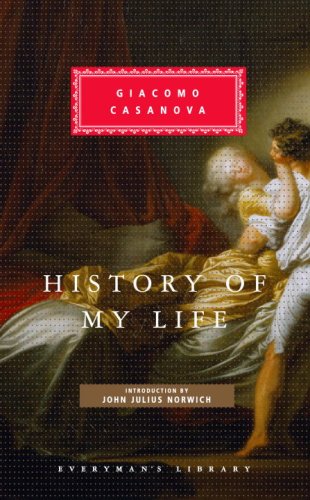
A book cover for History of My Life; Giacomo Casanova; Biographies & Memoirs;